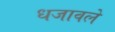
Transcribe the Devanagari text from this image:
धजावले